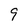
Character: 9